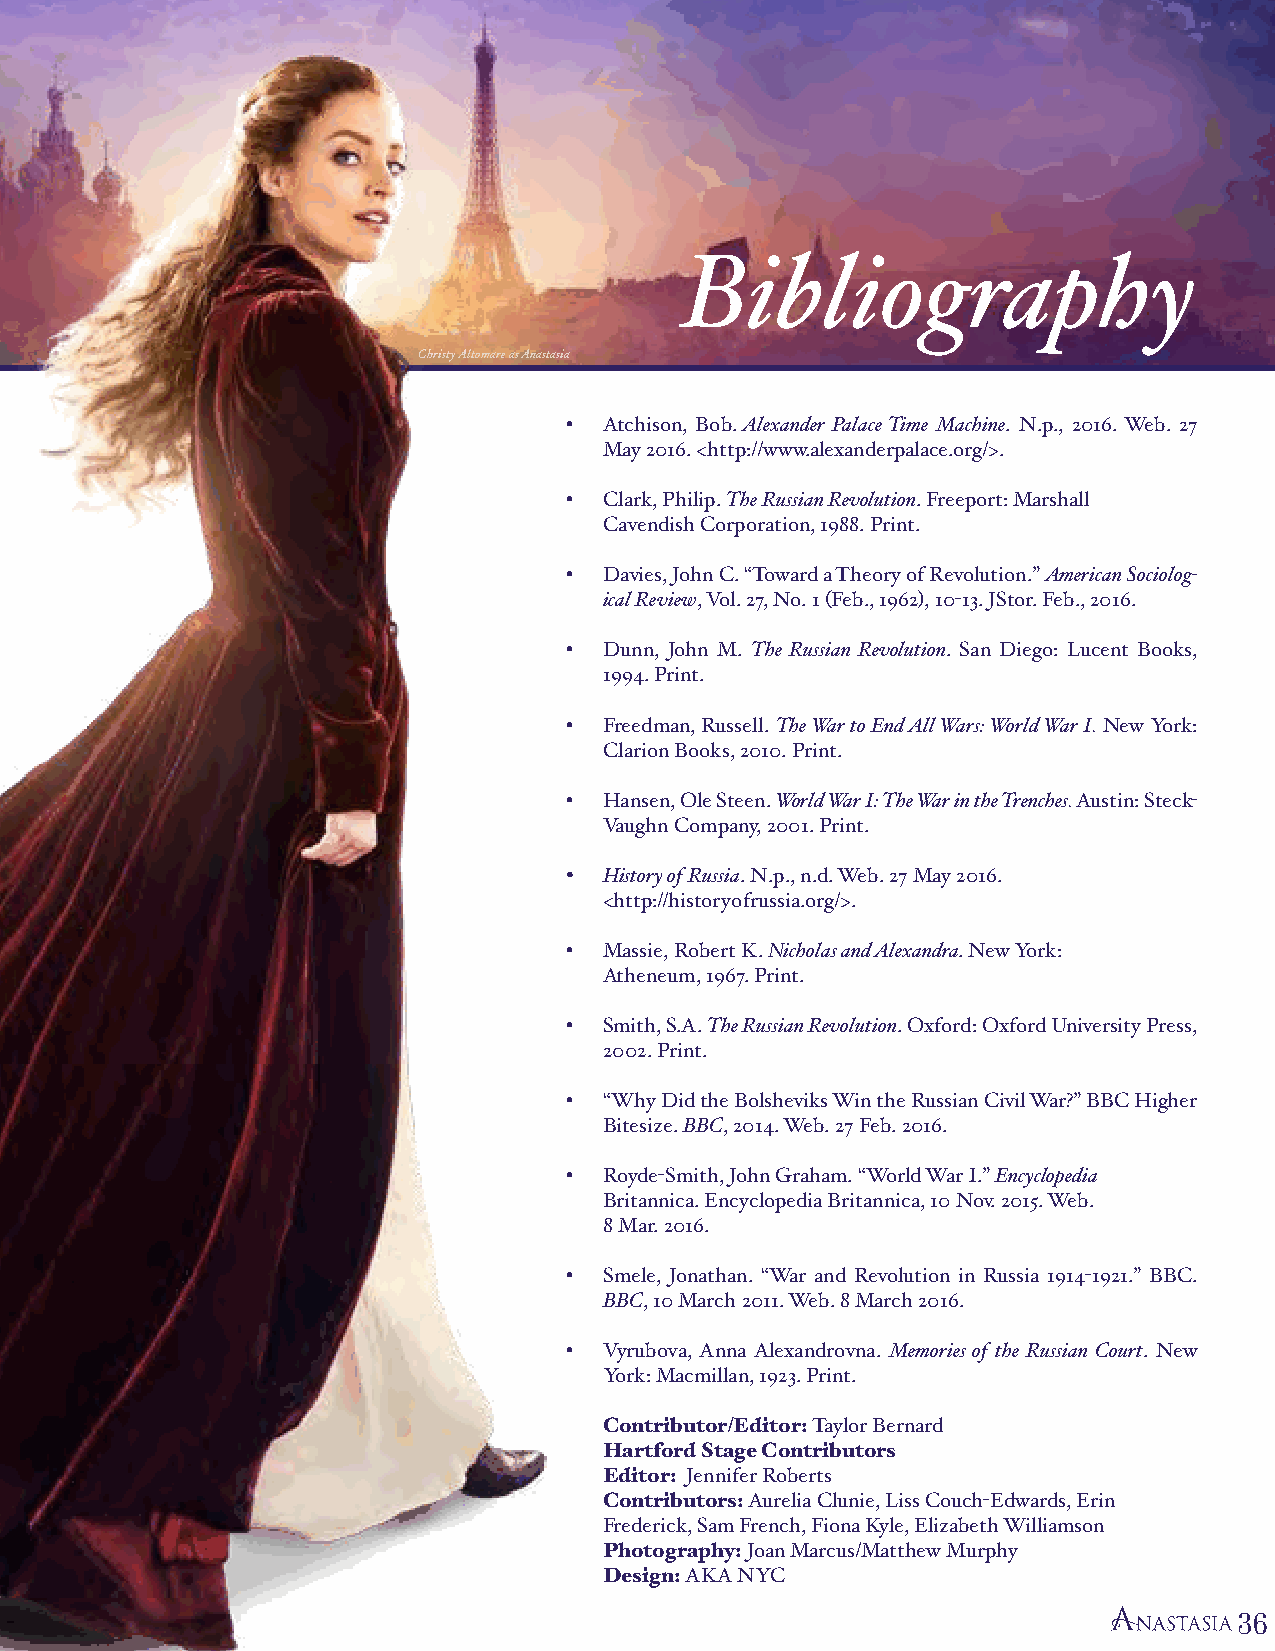
Bibliography
 Christy Altomare as Anastasia
 •  Atchison, Bob. Alexander Palace Time Machine. N.p., 2016. Web. 27
 May 2016. <http://www.alexanderpalace.org/>.
 •  Clark, Philip. The Russian Revolution. Freeport: Marshall
 Cavendish Corporation, 1988. Print.
 •  Davies, John C. “Toward a Theory of Revolution.” American Sociolog-
 ical Review, Vol. 27, No. 1 (Feb., 1962), 10-13. JStor. Feb., 2016.
 •  Dunn, John M. The Russian Revolution. San Diego: Lucent Books,
 1994. Print.
 •  Freedman, Russell. The War to End All Wars: World War I. New York:
 Clarion Books, 2010. Print.
 •  Hansen, Ole Steen. World War I: The War in the Trenches. Austin: Steck-
 Vaughn Company, 2001. Print.
 •  History of Russia. N.p., n.d. Web. 27 May 2016.
 <http://historyofrussia.org/>.
 •  Massie, Robert K. Nicholas and Alexandra. New York:
 Atheneum, 1967. Print.
 •  Smith, S.A. The Russian Revolution. Oxford: Oxford University Press,
 2002. Print.
 •  “Why Did the Bolsheviks Win the Russian Civil War?” BBC Higher
 Bitesize. BBC, 2014. Web. 27 Feb. 2016.
 •  Royde-Smith, John Graham. “World War I.” Encyclopedia
 Britannica. Encyclopedia Britannica, 10 Nov. 2015. Web.
 8 Mar. 2016.
 •  Smele, Jonathan. “War and Revolution in Russia 1914-1921.” BBC.
 BBC, 10 March 2011. Web. 8 March 2016.
 •  Vyrubova, Anna Alexandrovna. Memories of the Russian Court. New
 York: Macmillan, 1923. Print.
 Contributor/Editor: Taylor Bernard
 Hartford Stage Contributors
 Editor: Jennifer Roberts
 Contributors: Aurelia Clunie, Liss Couch-Edwards, Erin
 Frederick, Sam French, Fiona Kyle, Elizabeth Williamson
 Photography: Joan Marcus/Matthew Murphy
 Design: AKA NYC
 36